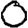
Digit: 0